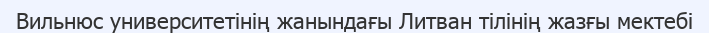
Вильнюс университетінің жанындағы Литван тілінің жазғы мектебі